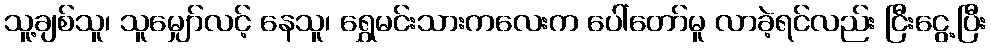
သူ့ချစ်သူ၊ သူမျှော်လင့် နေသူ၊ ရွှေမင်းသားကလေးက ပေါ်တော်မူ လာခဲ့ရင်လည်း ငြီးငွေ့ပြီး